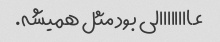
عاااااااالی بود مثل همیشه.